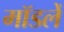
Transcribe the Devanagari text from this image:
मॉडलें